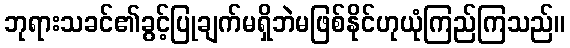
ဘုရားသခင်၏ခွင့်ပြုချက်မရှိဘဲမဖြစ်နိုင်ဟုယုံကြည်ကြသည်။